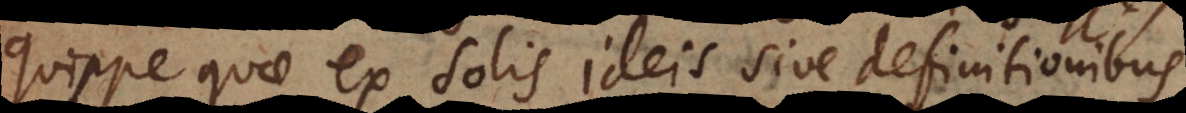
quippe quae ex solis ideis sive definitionibus